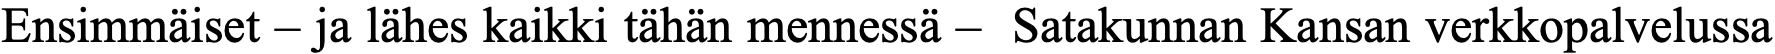
Ensimmäiset – ja lähes kaikki tähän mennessä – Satakunnan Kansan verkkopalvelussa